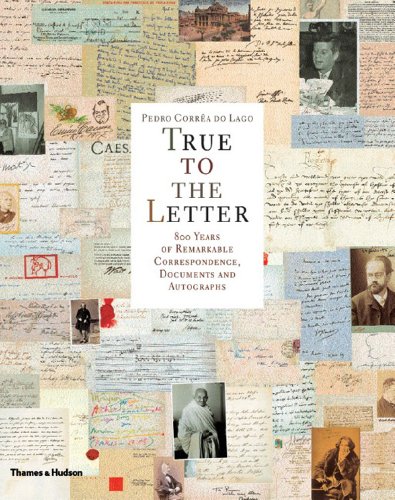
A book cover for True to the Letter: 800 Years of Remarkable Correspondence, Documents, and Autographs; Pedro Correa Lago; Crafts, Hobbies & Home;